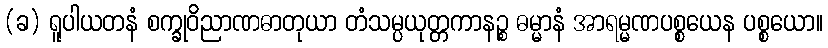
(ခ) ရူပါယတနံ စက္ခုဝိညာဏဓာတုယာ တံသမ္ပယုတ္တကာနဉ္စ ဓမ္မာနံ အာရမ္မဏပစ္စယေန ပစ္စယော။